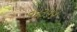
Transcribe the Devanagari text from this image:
१४३५५